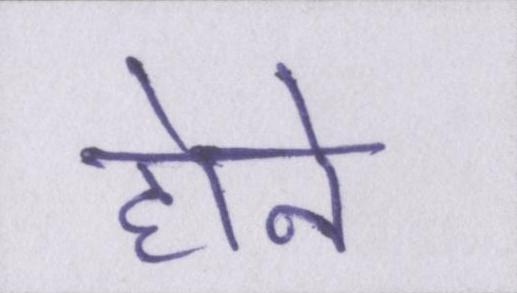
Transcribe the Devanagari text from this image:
होने